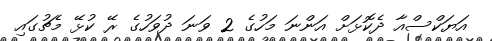
އަޔަކްސްއާ ދެކޮޅަށް އަންނަ މަހުގެ 2 ވަނަ ދުވަހުގެ ރޭ ކުޅޭ މެޗުގައި